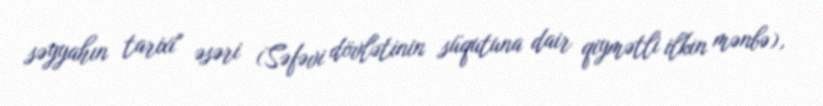
səyyahın tarixi" əsəri (Səfəvi dövlətinin süqutuna dair qiymətli ilkin mənbə),